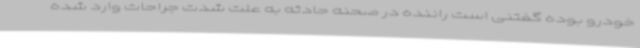
خودرو بوده گفتنی است راننده در صحنه حادثه به علت شدت جراحات وارد شده